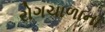
રોગચાળાના